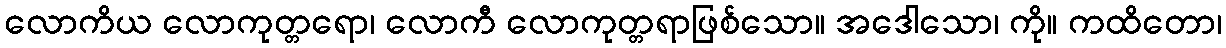
လောကိယ လောကုတ္တရော၊ လောကီ လောကုတ္တရာဖြစ်သော။ အဒေါသော၊ ကို။ ကထိတော၊